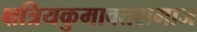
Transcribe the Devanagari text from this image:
क्षत्रियकुमावतसमाज